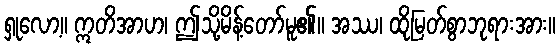
ရှုလော့။ ဣတိအာဟ၊ ဤသို့မိန့်တော်မူ၏။ အဿ၊ ထိုမြတ်စွာဘုရားအား။